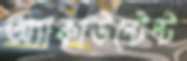
অ্যাকাউন্টেন্ট